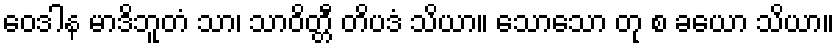
ဝေဒါန မာဒိဘူတံ သာ၊ သာဝိတ္တီ တိပဒံ သိယာ။ သောသော တု စ ခယော သိယာ။